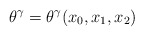
\begin{align*}\theta ^{\gamma }=\theta ^{\gamma }(x_{0},x_{1},x_{2})\end{align*}